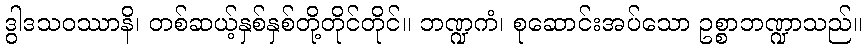
ဒွါဒသဝဿာနိ၊ တစ်ဆယ့်နှစ်နှစ်တို့တိုင်တိုင်။ ဘဏ္ဍကံ၊ စုဆောင်းအပ်သော ဥစ္စာဘဏ္ဍာသည်။